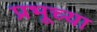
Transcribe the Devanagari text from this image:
प्रभूच्या